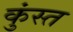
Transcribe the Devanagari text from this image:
कुंस्त